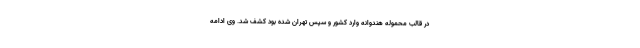
در قالب محموله هندوانه وارد کشور و سپس تهران شده بود کشف شد. وی ادامه